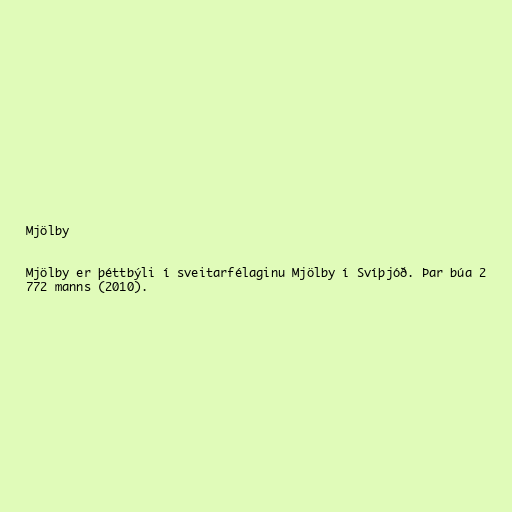
Mjölby

Mjölby er þéttbýli í sveitarfélaginu Mjölby í Svíþjóð. Þar búa 2
772 manns (2010).